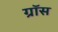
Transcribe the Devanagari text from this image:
ग्राॅस